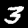
Digit: 3